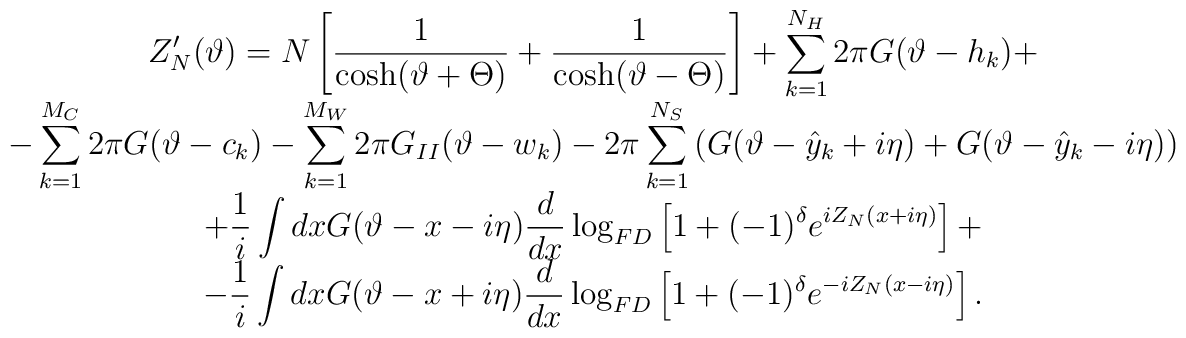
\begin{array}{c}\displaystyle Z_{N}'(\vartheta )=N\left[ \displaystyle\frac{1}{\cosh (\vartheta +\Theta )}+\displaystyle\frac{1}{\cosh (\vartheta -\Theta )}\right] +\displaystyle\sum ^{N_{H}}_{k=1}2\pi G(\vartheta -h_{k})+\\-\displaystyle\sum ^{M_{C}}_{k=1}2\pi G(\vartheta -c_{k})-\displaystyle\sum ^{M_{W}}_{k=1}2\pi G_{II}(\vartheta -w_{k})-2\pi \displaystyle\sum ^{N_{S}}_{k=1}\left( G(\vartheta -\hat{y}_{k}+i\eta )+G(\vartheta -\hat{y}_{k}-i\eta )\right) \\+\displaystyle\frac{1}{i}\displaystyle\int dxG(\vartheta -x-i\eta )\displaystyle\frac{d}{dx}\log _{FD}\left[ 1+(-1)^{\delta }e^{iZ_{N}(x+i\eta )}\right] +\\-\displaystyle\frac{1}{i}\displaystyle\int dxG(\vartheta -x+i\eta )\displaystyle\frac{d}{dx}\log _{FD}\left[ 1+(-1)^{\delta }e^{-iZ_{N}(x-i\eta )}\right] .\end{array}